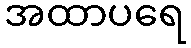
အထာပရေ